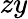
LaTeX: zy